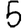
Digit: 5